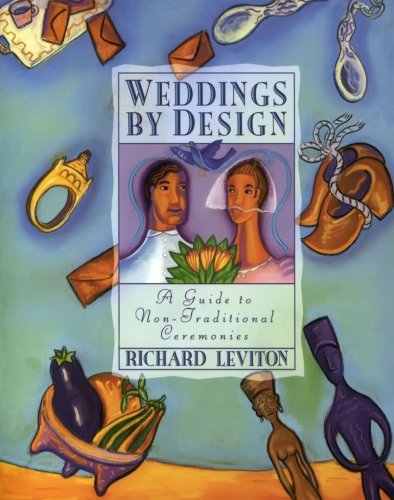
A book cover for Weddings by Design: Guide to Non-Traditional Ceremonies, A; Richard Leviton; Crafts, Hobbies & Home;